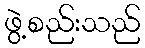
ဖွဲ့စည်းသည်